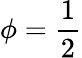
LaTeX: \phi=\frac 12